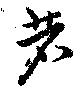
若